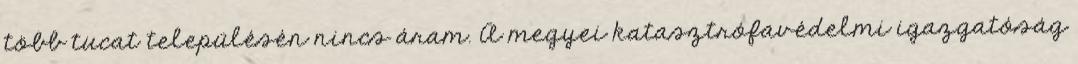
több tucat településén nincs áram. A megyei katasztrófavédelmi igazgatóság